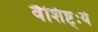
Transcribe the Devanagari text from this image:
वैशिष्ट्ःये